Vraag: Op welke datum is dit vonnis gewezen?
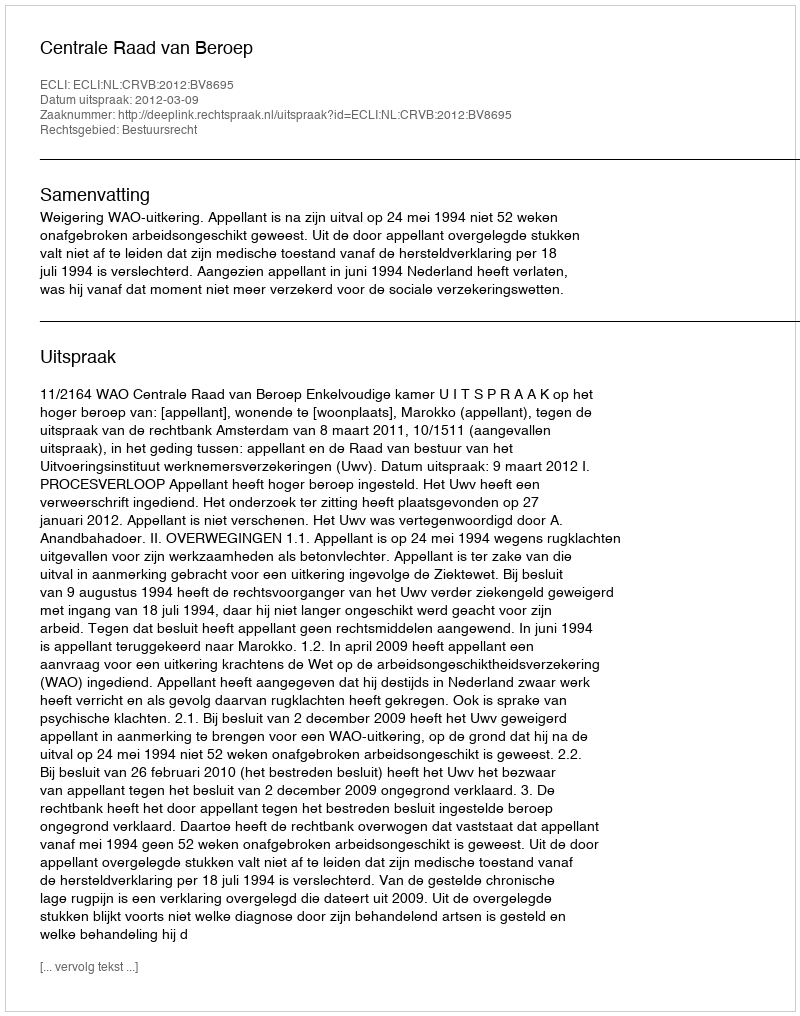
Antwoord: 2012-03-09